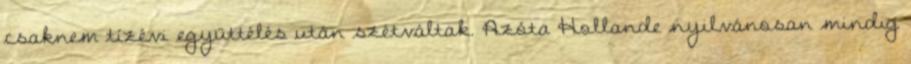
csaknem tízévi együttélés után szétváltak. Azóta Hollande nyilvánosan mindig